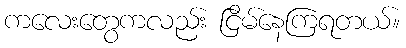
ကလေးတွေကလည်း ငြိမ်နေကြရတယ်။